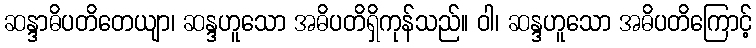
ဆန္ဒာဓိပတိတေယျာ၊ ဆန္ဒဟူသော အဓိပတိရှိကုန်သည်။ ဝါ၊ ဆန္ဒဟူသော အဓိပတိကြောင့်